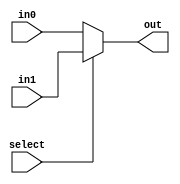
module one_bit_mux_2(out, select, in0, in1);
    input select;
    input in0, in1;
    output out;
    assign out = select ? in1: in0;
endmodule